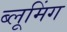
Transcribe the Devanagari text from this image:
ब्लूमिंग